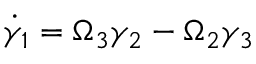
\dot { \gamma } _ { 1 } = \Omega _ { 3 } \gamma _ { 2 } - \Omega _ { 2 } \gamma _ { 3 }